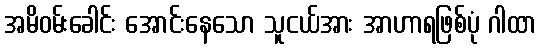
အမိဝမ်းခေါင်း အောင်းနေသော သူငယ်အား အာဟာရဖြစ်ပုံ ဂါထာ